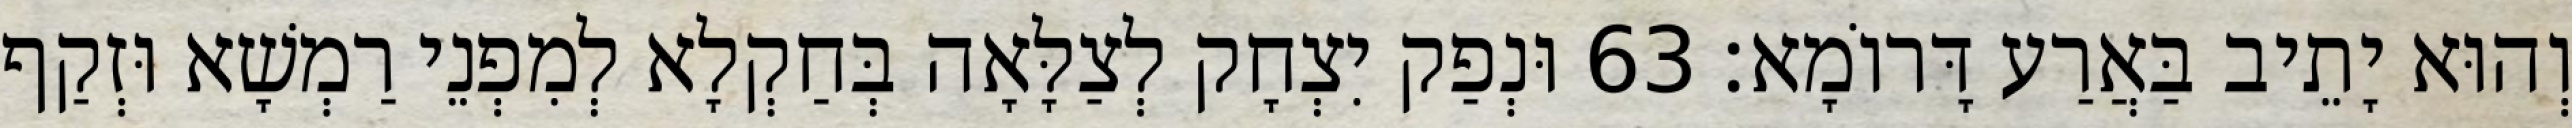
וְהוּא יָתֵיב בַּאֲרַע דָּרוֹמָא׃ 63 וּנְפַק יִצְחָק לְצַלָּאָה בְּחַקְלָא לְמִפְנֵי רַמְשָׁא וּזְקַף